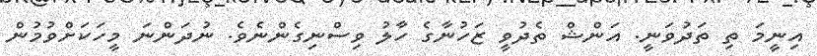
އިނީމަ ތި ތަދުވަނީ. އަންޝް ތެދުވީ ޒަހުނާގެ ހާލު ވިސްނިގެންނެވެ. ނުދަންނަ މީހަކަށްވުމުން